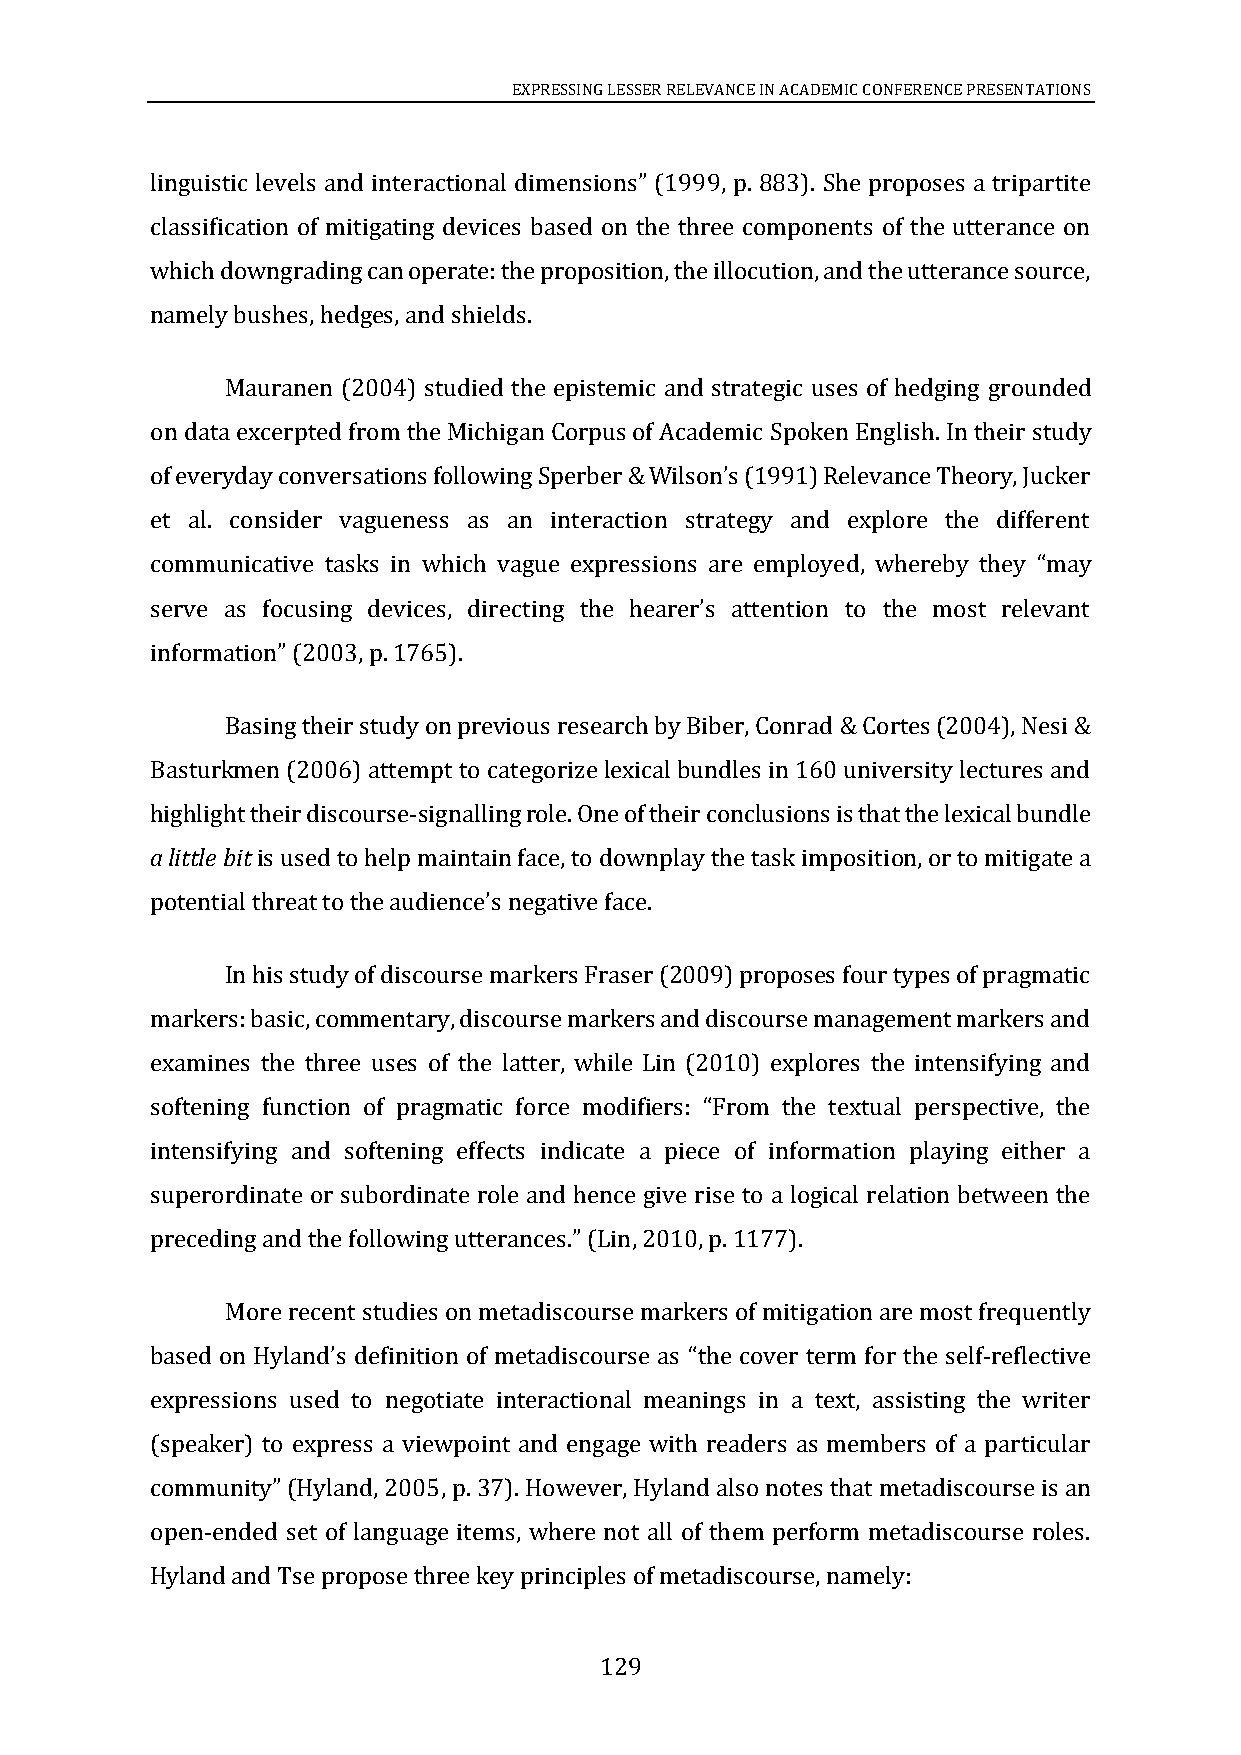
EXPRESSING LESSER RELEVANCE IN ACADEMIC CONFERENCE PRESENTATIONS
 linguistic levels and interactional dimensions” (1999, p. 883). She proposes a tripartite
 classification of mitigating devices based on the three components of the utterance on
 which downgrading can operate: the proposition, the illocution, and the utterance source,
 namely bushes, hedges, and shields.
 Mauranen (2004) studied the epistemic and strategic uses of hedging grounded
 on data excerpted from the Michigan Corpus of Academic Spoken English. In their study
 of everyday conversations following Sperber & Wilson’s (1991) Relevance Theory, Jucker
 et al. consider vagueness as an interaction strategy and explore the different
 communicative tasks in which vague expressions are employed, whereby they “may
 serve as focusing devices, directing the hearer’s attention to the most relevant
 information” (2003, p. 1765).
 Basing their study on previous research by Biber, Conrad & Cortes (2004), Nesi &
 Basturkmen (2006) attempt to categorize lexical bundles in 160 university lectures and
 highlight their discourse-signalling role. One of their conclusions is that the lexical bundle
 a little bit is used to help maintain face, to downplay the task imposition, or to mitigate a
 potential threat to the audience’s negative face.
 In his study of discourse markers Fraser (2009) proposes four types of pragmatic
 markers: basic, commentary, discourse markers and discourse management markers and
 examines the three uses of the latter, while Lin (2010) explores the intensifying and
 softening function of pragmatic force modifiers: “From the textual perspective, the
 intensifying and softening effects indicate a piece of information playing either a
 superordinate or subordinate role and hence give rise to a logical relation between the
 preceding and the following utterances.” (Lin, 2010, p. 1177).
 More recent studies on metadiscourse markers of mitigation are most frequently
 based on Hyland’s definition of metadiscourse as “the cover term for the self-reflective
 expressions used to negotiate interactional meanings in a text, assisting the writer
 (speaker) to express a viewpoint and engage with readers as members of a particular
 community” (Hyland, 2005, p. 37). However, Hyland also notes that metadiscourse is an
 open-ended set of language items, where not all of them perform metadiscourse roles.
 Hyland and Tse propose three key principles of metadiscourse, namely:
 129